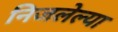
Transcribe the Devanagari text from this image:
निजलेल्या